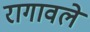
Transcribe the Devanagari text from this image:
रागावले